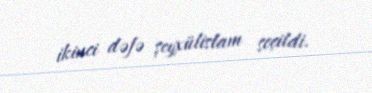
ikinci dəfə şeyxülislam seçildi.